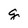
Character: g